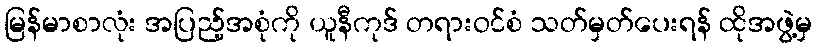
မြန်မာစာလုံး အပြည့်အစုံကို ယူနီကုဒ် တရားဝင်စံ သတ်မှတ်ပေးရန် ထိုအဖွဲ့မှ